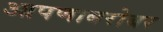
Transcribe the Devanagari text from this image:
आपणाबरोबर